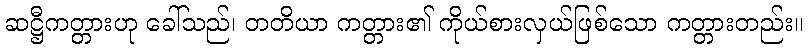
ဆဋ္ဌီကတ္တားဟု ခေါ်သည်၊ တတိယာ ကတ္တား၏ ကိုယ်စားလှယ်ဖြစ်သော ကတ္တားတည်း။